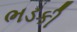
ભડકી